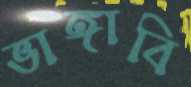
ভাঙ্গাবি